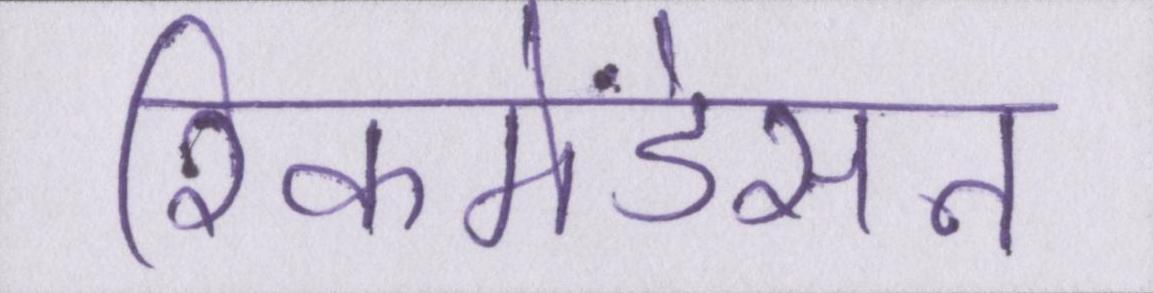
रिकमेंडेसन